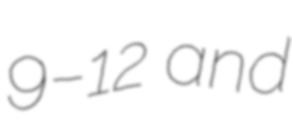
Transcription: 9–12 and